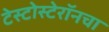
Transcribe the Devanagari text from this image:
टेस्टोस्टेरॉनचा